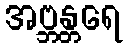
အဗ္ဘန္တရေ